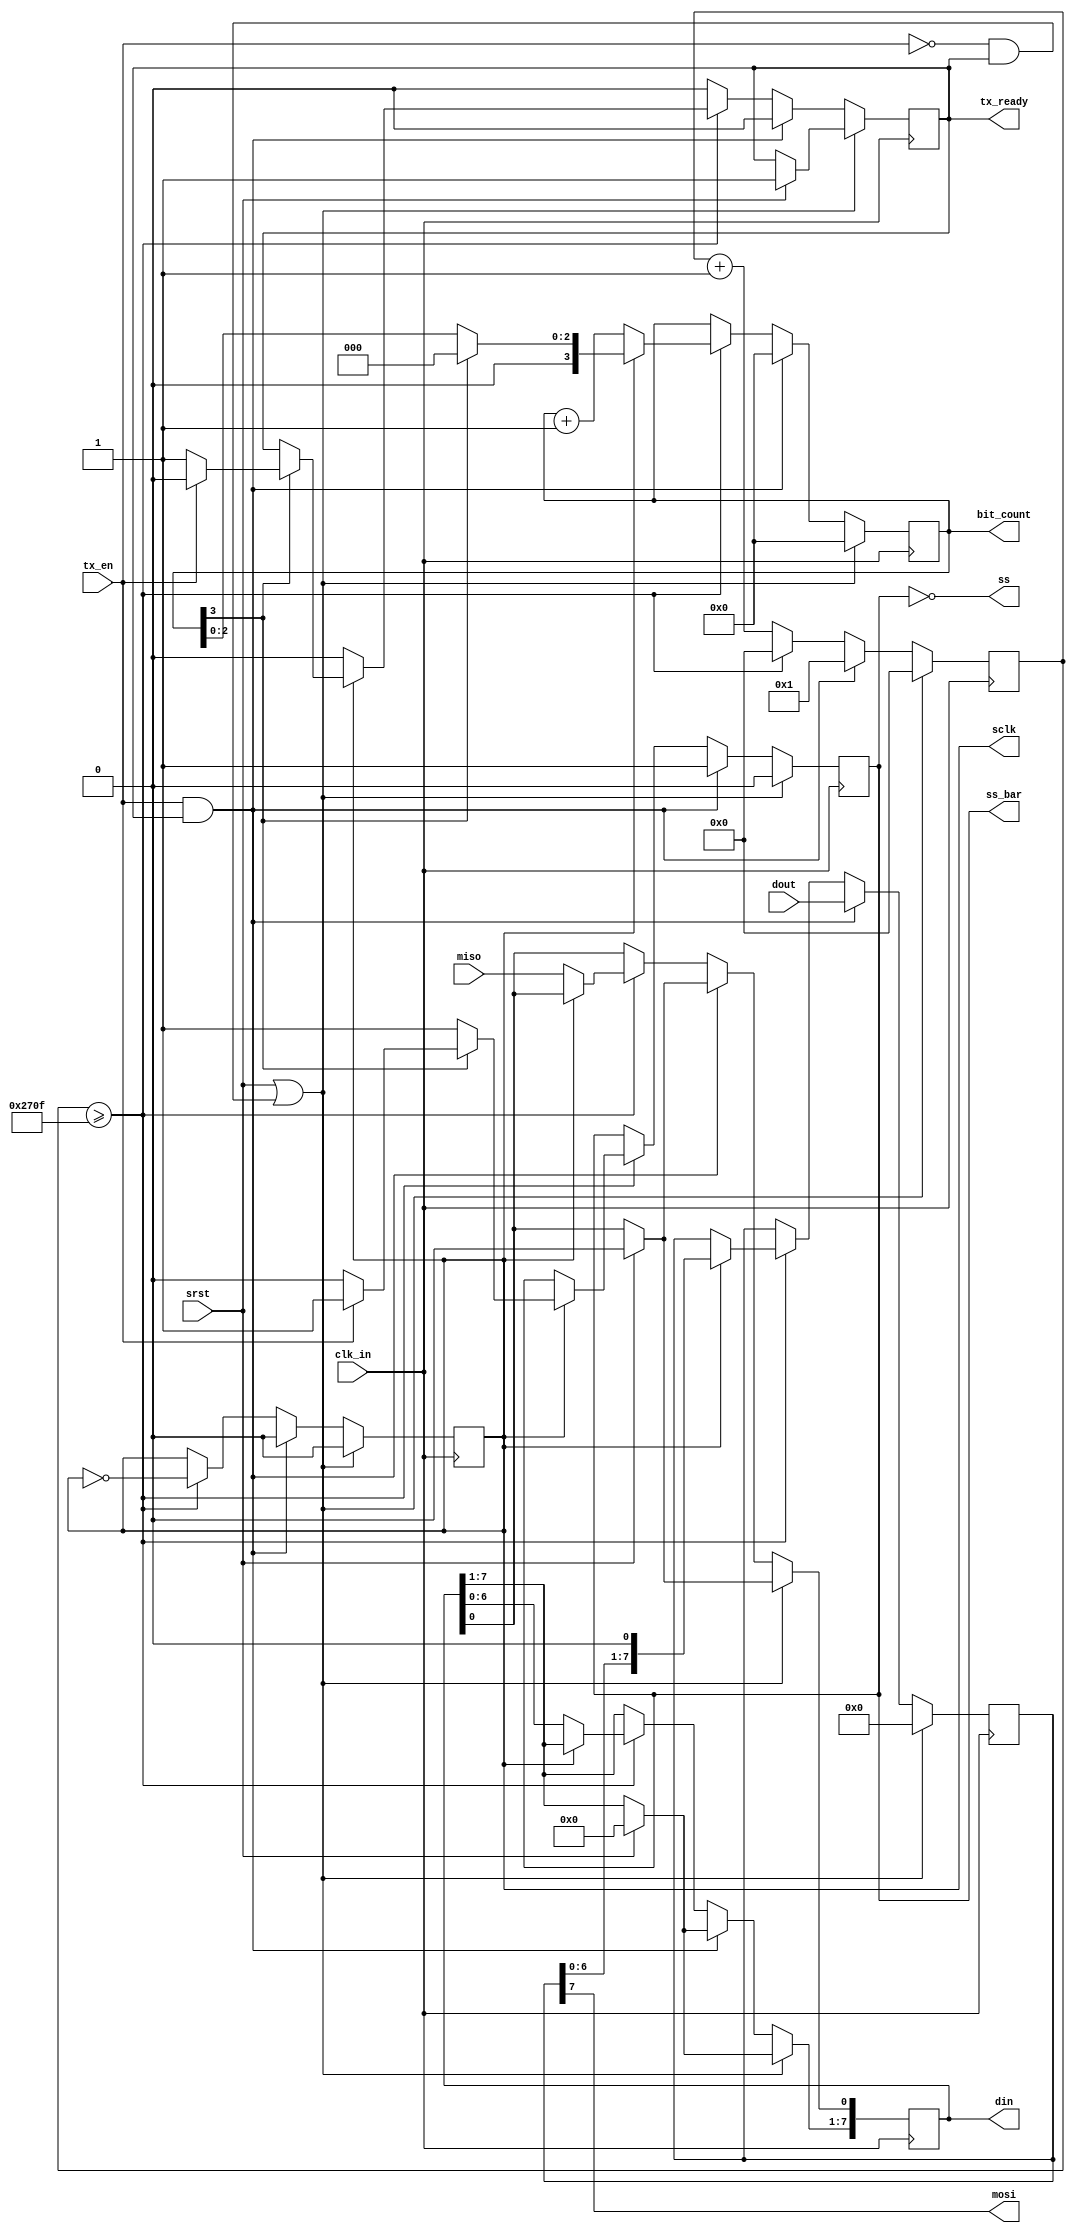
`timescale 1ns / 1ps

//master SPI module, 8-bit parallel interface
//CLK_IN_HZ defines the frequency of the system clock driving this module
//SCLK_HZ defines the output frequency at which data will be transferred
module SPI#(parameter CLK_IN_HZ = 200000000, parameter SCLK_HZ = 10000 )(
    input wire clk_in,
    input wire srst,
    
    input wire [7:0] dout,
    input wire tx_en,
    output reg [7:0] din,
    output reg tx_ready, //is the module ready to transmit (not busy sending a byte)
    
    output reg sclk,
    output wire mosi,
    input wire miso,
    output reg ss_bar,
    output wire ss,
    
    output reg [3:0] bit_count //keeps track of the number of bits shifted out in this byte
    );
    
    //setup inital values for output regs
    initial din = 8'd0;
    initial tx_ready = 1'b1;
    initial sclk = 1'b0;
    initial ss_bar = 1'b0;
    initial bit_count = 4'b0000;
    
    reg [7:0] dout_buff = 8'd0;
    assign mosi = dout_buff[7]; //assign the MSB to always be on the output
    
    assign ss = ~ss_bar;
    
    wire tx_ready_bar;
    assign tx_ready_bar = ~tx_ready;
    
    localparam CLK_DIV = CLK_IN_HZ/SCLK_HZ;
    reg [$clog2(CLK_DIV)-1:0] div_counter = 'd0;
    
    always @(posedge clk_in) begin
        if(srst) begin //srst specific actions
            din <= 8'd0;
            tx_ready <= 1'b1;
        end //note: no "else"
        if(srst || (~tx_en && tx_ready) ) begin //if this block is just idling (either reset is held high, or there is no data to transmit)
            ss_bar <= 1'b0; //tell slave to chill
            dout_buff <= 8'd0; //leave the out buff empty
            bit_count <= 4'd0; //leave the bit counter at 0
            div_counter <= 'b0; //keep the clock divider off and zero'd
            sclk <= 'b0; //hold the output clock down
            //din and tx_ready should not change here
            
        end else begin
   
            if(tx_en && tx_ready) begin //if module had data to send but was not sending data, then start the process of sending a byte.
                tx_ready <= 1'b0; //transmission process has begun
                dout_buff <= dout; //put the byte onto the tx buffer, MSB should now be on the MOSI output
                ss_bar <= 1'b1; //tell slave to be active
                bit_count <= 4'd0; //clear bit counter
                div_counter <= 'b1; //set to 1 to make up for the loss of a cycle from having to jump out due to tx_ready being raised then lowered
                sclk <= 1'b0; //should already be this value when entering this if
            end 
            
            //clock division for the sclk output frequency, and deciding what to do on those clock edges
            //has the clock divider rolled over
            else if(div_counter >= (CLK_DIV>>1)-1 ) begin //if clock has rolled over (shift by one bc need to double the freqency for both rising and falling edges)
                div_counter <= 'b0; //reset counter 
                sclk <= !sclk; //alterate the clock
                
                if(sclk) begin //if falling edge of sclk
                    dout_buff <= (dout_buff<<1); //shift bits up, putting a new MSB on the output.
                    din <= din; //din doesn't need to change at all
                    
                    if(bit_count[3] == 1'b1) begin //if counter >= 8, all 8 bits have now been sent to slave
                        if(!tx_en) begin //if tx_en is low at the end of our byte, shut down transmitting
                            tx_ready <= 1'b1;
                            bit_count <= 4'd0;
                            ss_bar <= 1'b0; //tell slave to chill
                        end else begin //if tx_en is high at the end of our byte, transmit another byte
                            tx_ready <= 1'b0; //tx_ready should stay low
                            bit_count <= 4'b0;
                            ss_bar <= 1'b1; //should still be 1
                        end
                    end else begin
                        tx_ready <= tx_ready; //else do nothing
                        bit_count <= bit_count;
                        ss_bar <= 1'b1; //still transmitting data
                    end
                end else begin //if rising edge of sclk
                    bit_count <= bit_count + 1'b1; //another bit has been clocked out
                    
                    din <= (din << 1); //shift the input reg up one for the new bit from the slave
                    din[0] <= miso; //clock in the new bit from slave
                    
                    tx_ready <= 1'b0;
                end
                
            end else begin //if not time for the sclk edge to change
                div_counter <= div_counter + 'b1;
                sclk <= sclk;
                
                tx_ready <= 1'b0; //tx_ready should already be this value
                bit_count <= bit_count;
                din <= din;
            end
        end
    end
    
endmodule